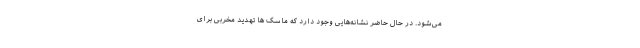
می‌شود. در حال حاضر نشانه‌هایی وجود دارد که ماسک ها تهدید مخربی برای